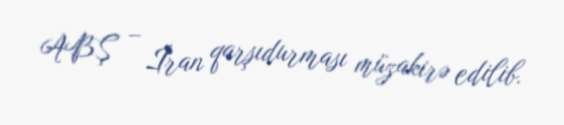
ABŞ – İran qarşıdurması müzakirə edilib.